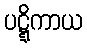
ပဋ္ဋိကာယ